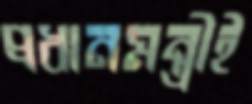
প্রধানমন্ত্রীই